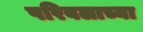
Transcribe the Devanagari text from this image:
परिबलाच्या